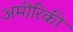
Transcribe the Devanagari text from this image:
अमीरिकी